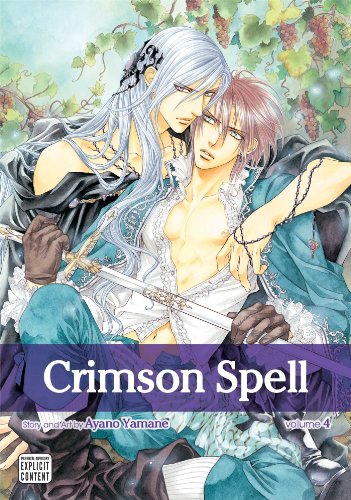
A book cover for Crimson Spell, Vol. 4; Ayano Yamane; Comics & Graphic Novels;